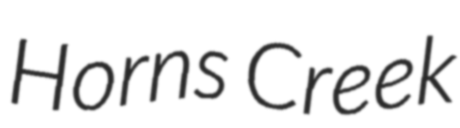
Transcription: Horns Creek